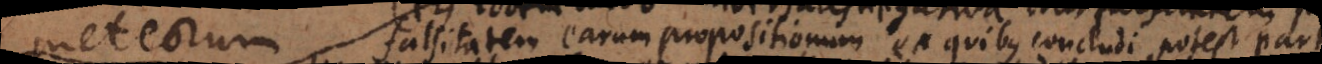
etiam falsitatem earum propositionum ex quibus concludi potest part